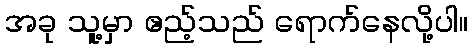
အခု သူ့မှာ ဧည့်သည် ရောက်နေလို့ပါ။